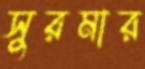
সুরমার